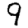
Digit: 9